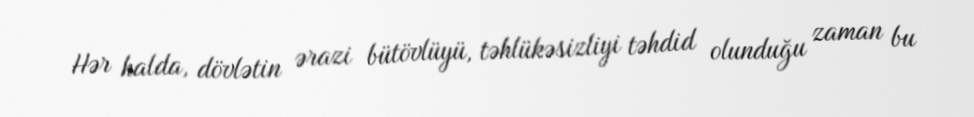
Hər halda, dövlətin ərazi bütövlüyü, təhlükəsizliyi təhdid olunduğu zaman bu